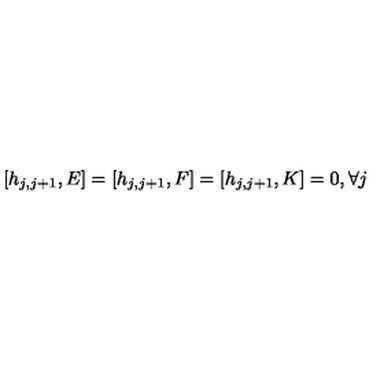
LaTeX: [ h _ { j , j + 1 } , E ] = [ h _ { j , j + 1 } , F ] = [ h _ { j , j + 1 } , K ] = 0 , \forall j